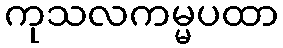
ကုသလကမ္မပထာ